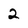
Character: 2